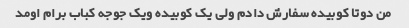
من دوتا کوبیده سفارش دادم ولی یک کوبیده ویک جوجه کباب برام اومد